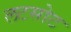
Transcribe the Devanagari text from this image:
लटसोट